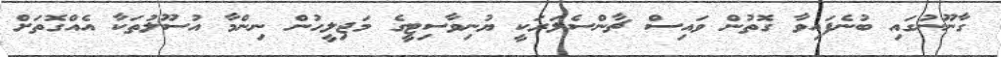
ގާނޫނުގައި ބުނެފައިވާ ގޮތުން ވައިސް ޗާންސެލަރަކީ ޔުނިވާސިޓީގެ މަޖިލީހުން ނިންމާ އުސޫލުތަކާ އެއްގޮތަށް